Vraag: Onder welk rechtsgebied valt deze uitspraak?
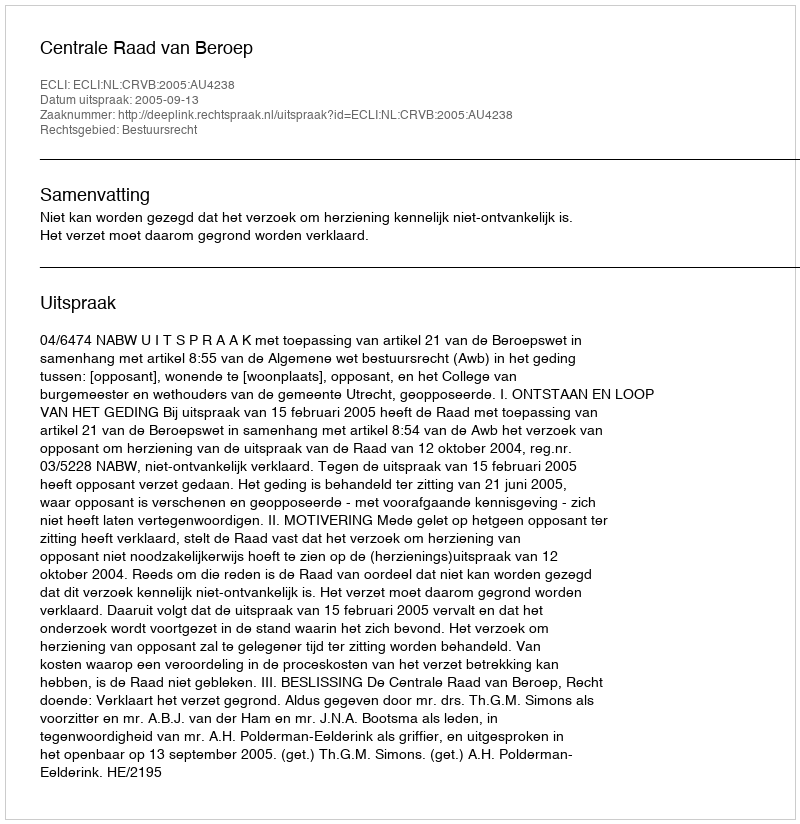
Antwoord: Bestuursrecht